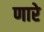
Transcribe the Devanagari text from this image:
णारे